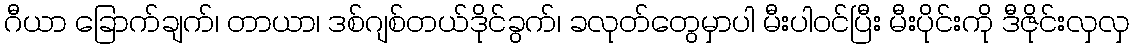
ဂီယာ ခြောက်ချက်၊ တာယာ၊ ဒစ်ဂျစ်တယ်ဒိုင်ခွက်၊ ခလုတ်တွေမှာပါ မီးပါဝင်ပြီး မီးပိုင်းကို ဒီဇိုင်းလှလှ